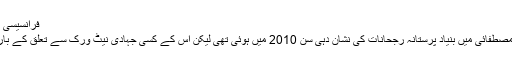
فرانسیسی پولیس حملہ آوروں کا کھوج لگانے میں مصروف ہے
پیرس کے پراسیکیوٹر فرانسوا امولیں کا کہنا ہے کہ مصطفائی میں بنیاد پرستانہ رجحانات کی نشان دہی سن 2010 میں ہوئی تھی لیکن اُس کے کسی جہادی نیٹ ورک سے تعلق کے بارے میں کوئی ثبوط نہیں ملا تھا نہ ہی وہ جیل گیا تھا۔